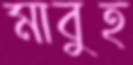
মাবুহ